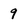
Character: 9